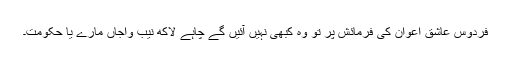
فردوس عاشق اعوان کی فرمائش پر تو وہ کبھی نہیں آئیں گے چاہے لاکھ نیب واجاں مارے یا حکومت۔